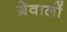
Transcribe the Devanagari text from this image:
ग्रेवालों